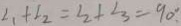
\angle _ { 1 } + \angle _ { 2 } = \angle _ { 2 } + \angle _ { 3 } = 9 0 ^ { \circ } .